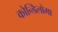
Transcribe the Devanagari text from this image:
कोन्डिलोमा